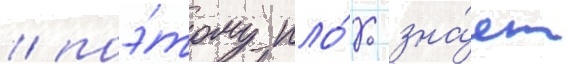
/ поэ́тому пло́хо зна́ет